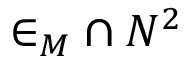
{ \in _ { M } } \cap N ^ { 2 }